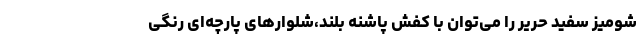
شومیز سفید حریر را می‌توان با کفش پاشنه بلند،شلوارهای پارچه‌ای رنگی